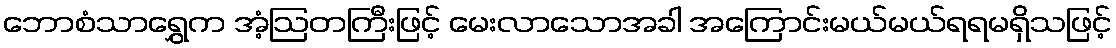
ဘောစံသာရွှေက အံ့ဩတကြီးဖြင့် မေးလာသောအခါ အကြောင်းမယ်မယ်ရရမရှိသဖြင့်